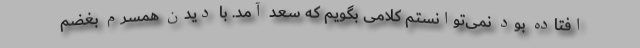
افتاده بود نمی‌توانستم کلامی بگویم که سعد آمد. با دیدن همسرم بغضم